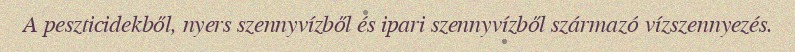
A peszticidekből, nyers szennyvízből és ipari szennyvízből származó vízszennyezés.